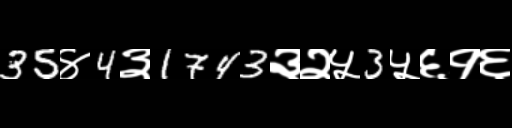
Text: 35४4३1743३२५3५६१६